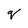
Character: q